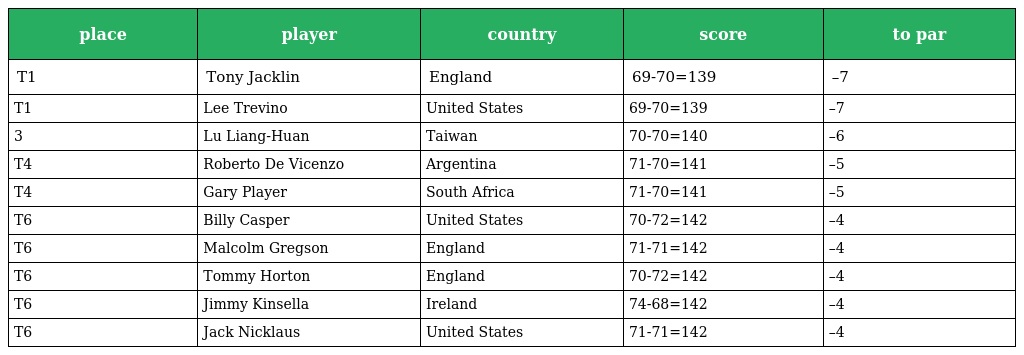
| place | player | country | score | to par |
 | --- | --- | --- | --- | --- |
 | T1 | Tony Jacklin | England | 69-70=139 | –7 |
 | T1 | Lee Trevino | United States | 69-70=139 | –7 |
 | 3 | Lu Liang-Huan | Taiwan | 70-70=140 | –6 |
 | T4 | Roberto De Vicenzo | Argentina | 71-70=141 | –5 |
 | T4 | Gary Player | South Africa | 71-70=141 | –5 |
 | T6 | Billy Casper | United States | 70-72=142 | –4 |
 | T6 | Malcolm Gregson | England | 71-71=142 | –4 |
 | T6 | Tommy Horton | England | 70-72=142 | –4 |
 | T6 | Jimmy Kinsella | Ireland | 74-68=142 | –4 |
 | T6 | Jack Nicklaus | United States | 71-71=142 | –4 |